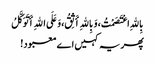
بِاللهِ اعْتَصَمْتُ، وَبِاللهِ أَثِقُ، وَعَلَی اللهِ أَتَوَکَّلُ
پھر یہ کہیں اے معبود!